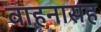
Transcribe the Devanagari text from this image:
वाहनासह